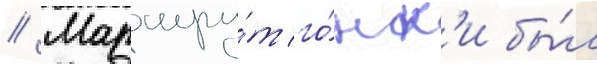
// Маршру́т го́нк'и бы́л